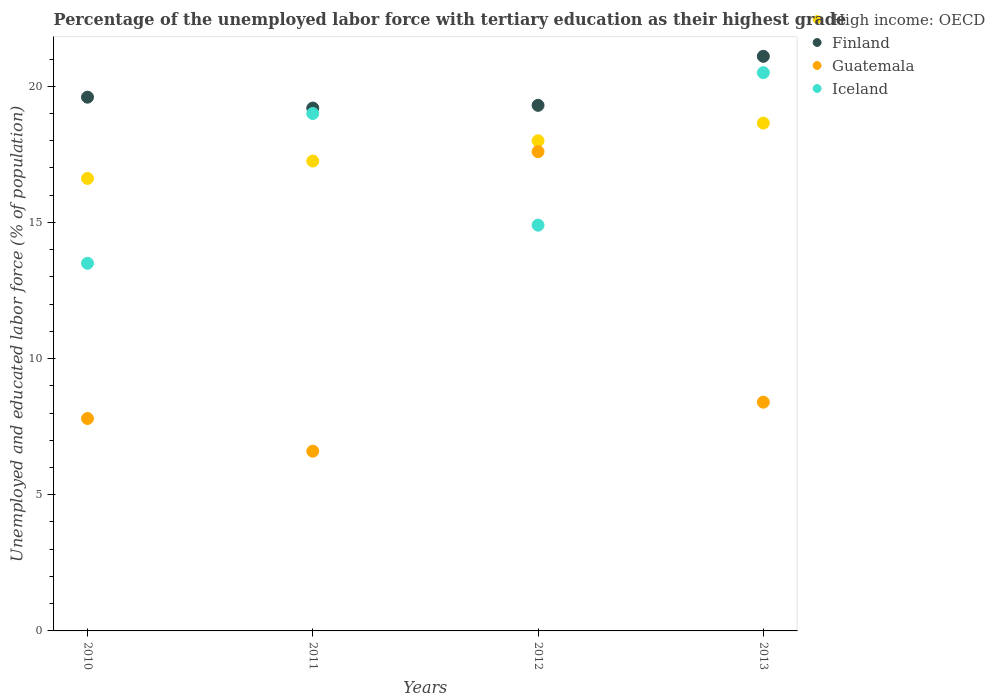
| Years | High income: OECD | Finland | Guatemala | Iceland |
 | --- | --- | --- | --- | --- |
 | 2010 | 16.6 | 19.6 | 7.8 | 13.5 |
 | 2011 | 17.3 | 19.2 | 6.6 | 19 |
 | 2012 | 18 | 19.3 | 17.6 | 14.9 |
 | 2013 | 18.6 | 21.1 | 8.4 | 20.5 |